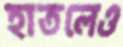
হাতলেও